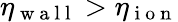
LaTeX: \eta_{\mathrm{~w~a~l~l~}}>\eta_{\mathrm{~i~o~n~}}